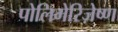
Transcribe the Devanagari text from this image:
पोलिमेरिज़ेष्ण